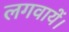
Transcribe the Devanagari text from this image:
लगवायें।